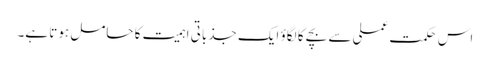
اس حکمت عملی سے بچے کا لگاؤ ایک جذباتی اہمیت کا حامل ہوتا ہے۔